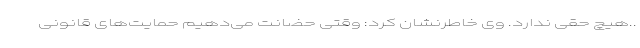
..هیچ حقی ندارد. وی خاطرنشان کرد: وقتی حضانت می‌دهیم حمایت‌های قانونی